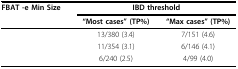
<table><thead><tr><td><b>FBAT -e Min Size</b></td><td colspan="2"><b>IBD threshold</b></td></tr><tr><td>[EMPTY_CELL]</td><td><b>“Most cases” (TP%)</b></td><td><b>“Max cases” (TP%)</b></td></tr></thead><tbody><tr><td>[EMPTY_CELL]</td><td>13/380 (3.4)</td><td>7/151 (4.6)</td></tr><tr><td>[EMPTY_CELL]</td><td>11/354 (3.1)</td><td>6/146 (4.1)</td></tr><tr><td>[EMPTY_CELL]</td><td>6/240 (2.5)</td><td>4/99 (4.0)</td></tr></tbody></table>